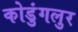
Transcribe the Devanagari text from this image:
कोडुंगलुर